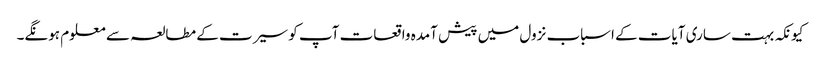
کیونکہ بہت ساری آیات کے اسباب نزول میں پیش آمدہ واقعات آپ کو سیرت کے مطالعہ سے معلوم ہونگے۔